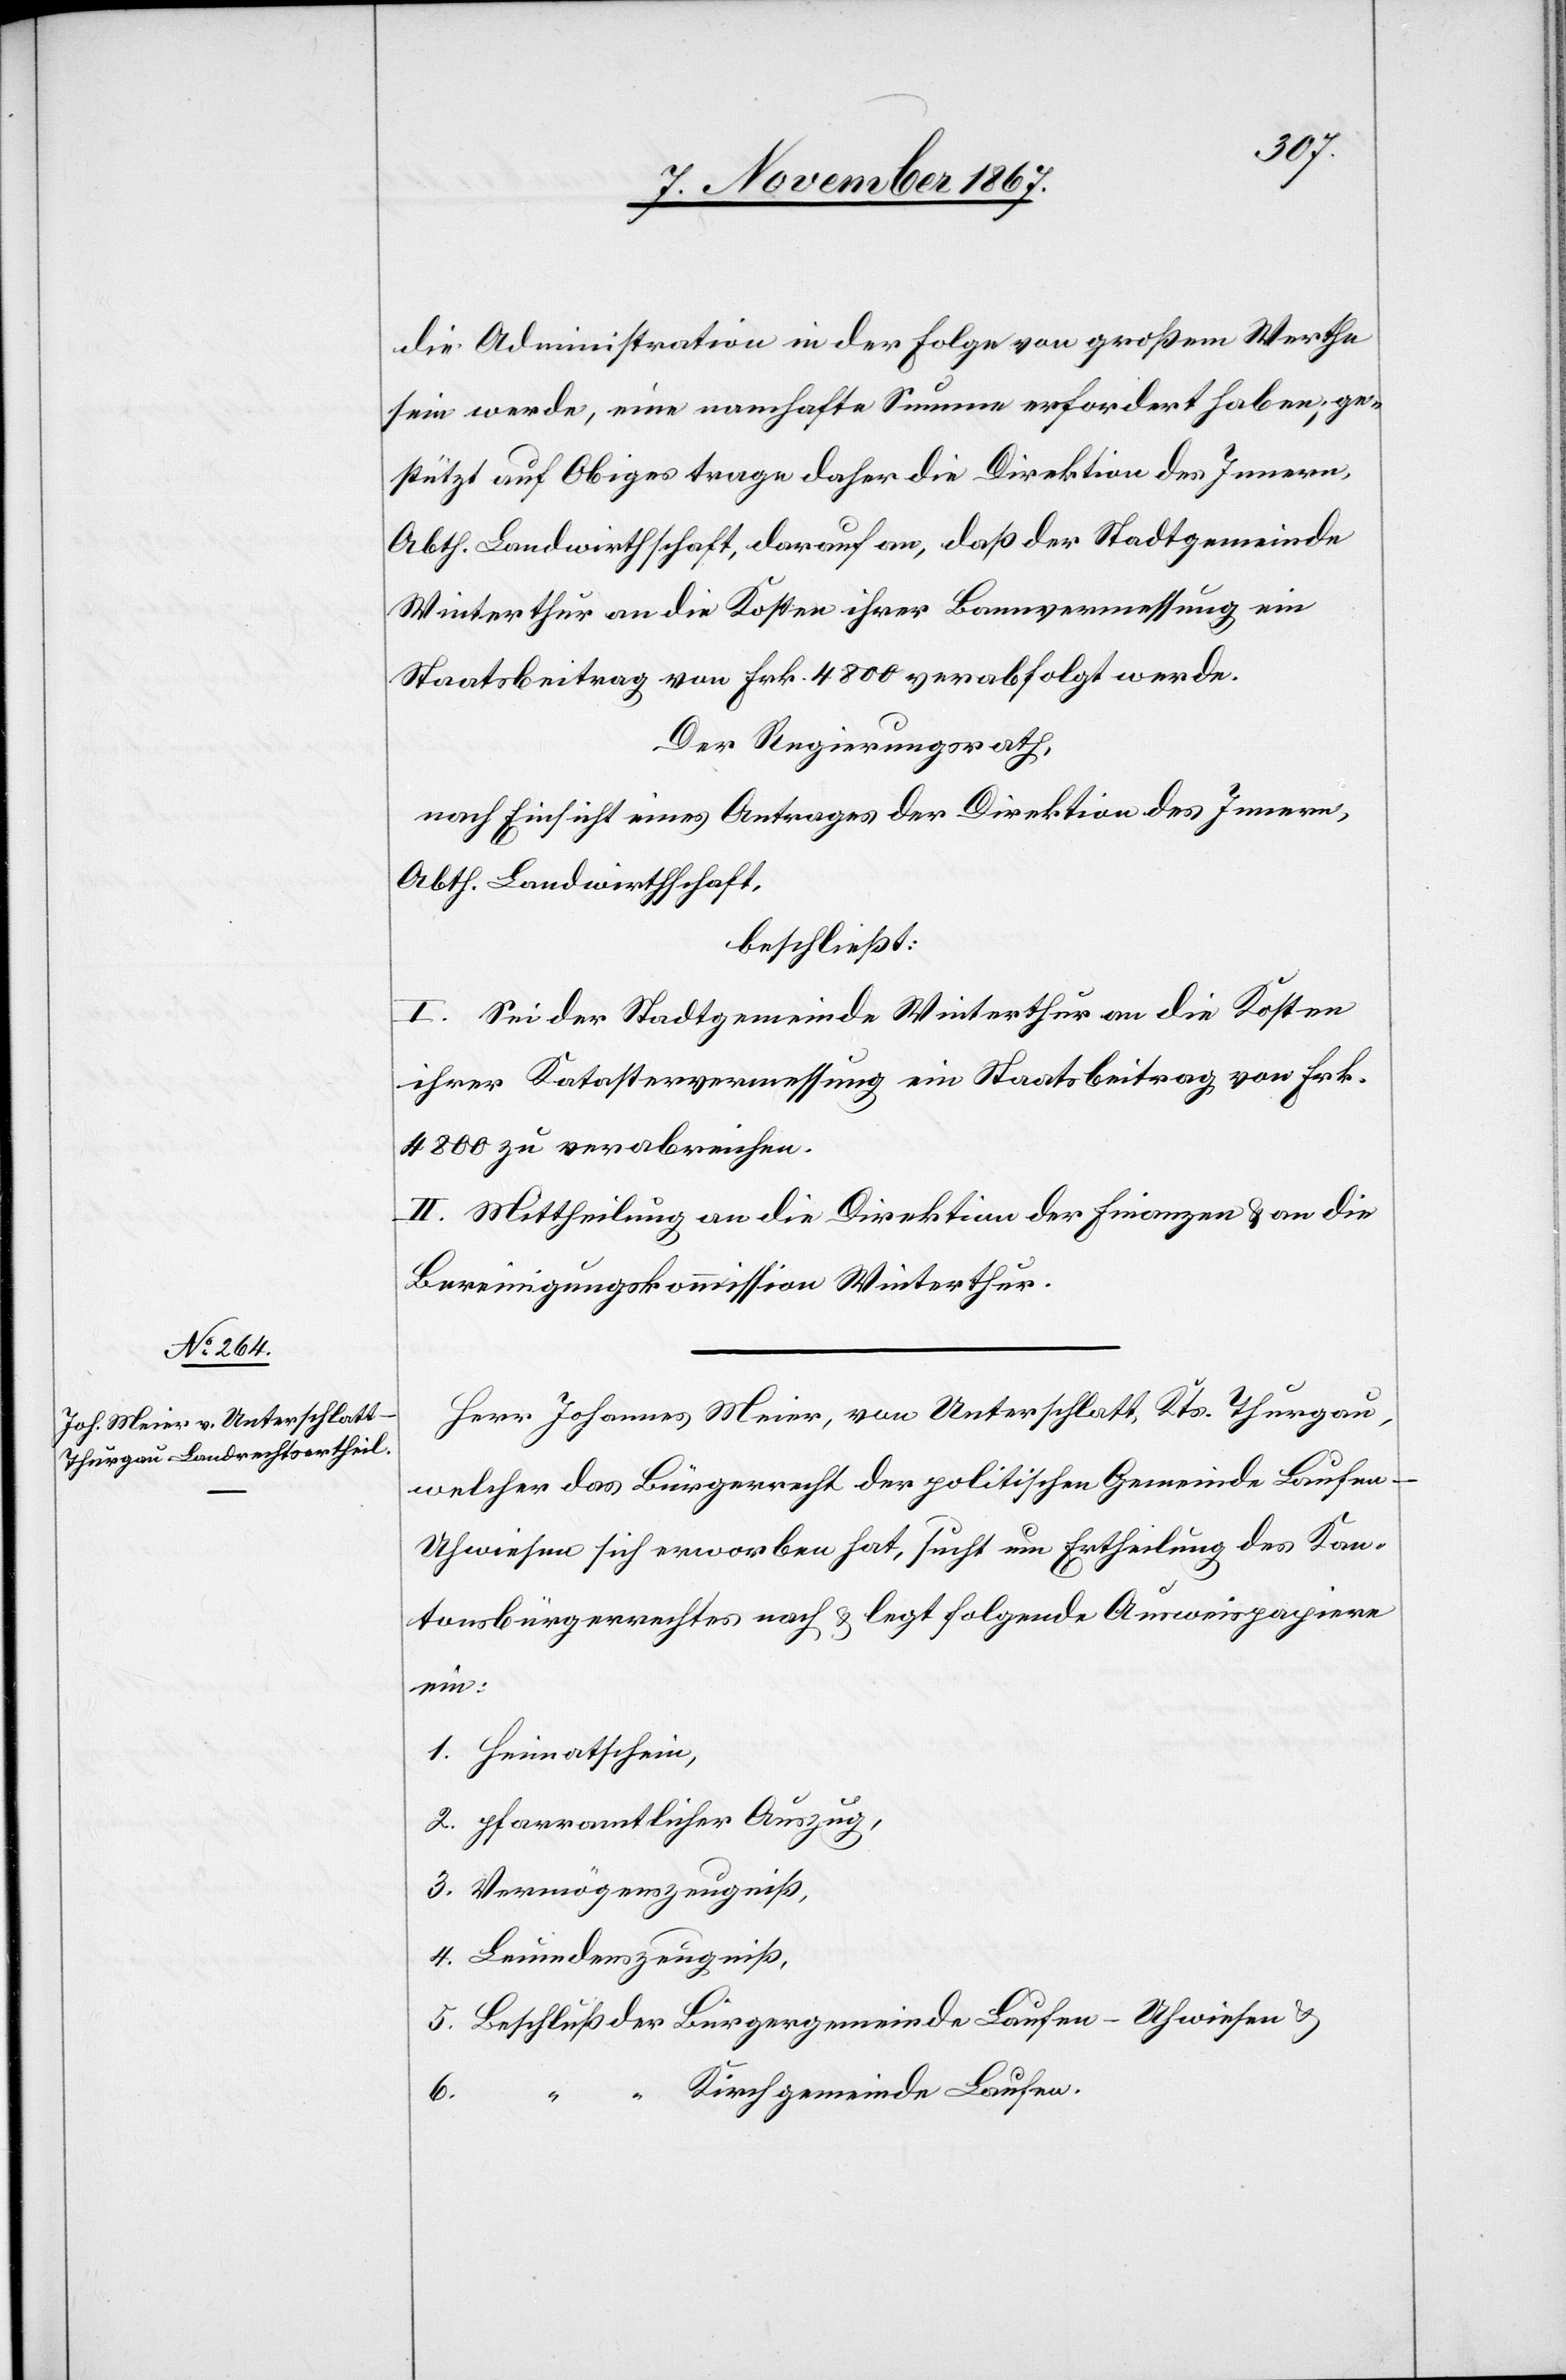
die Administration in der Folge von großem Werthe
sein werde, eine namhafte Summe erfordert haben; ge¬
stützt auf Obiges trage daher die Direktion des Innern,
Abth. Landwirthschaft, darauf an, daß der Stadtgemeinde
Winterthur an die Kosten ihrer Bannvermessung ein
Staatsbeitrag von Frk. 4800 verabfolgt werde.
Der Regierungsrath,
nach Einsicht eines Antrages der Direktion des Innern,
Abth. Landwirthschaft,
beschließt:
I. Sei der Stadtgemeinde Winterthur an die Kosten
ihrer Katastervermessung ein Staatsbeitrag von Frk.
4800 zu verabreichen.
II. Mittheilung an die Direktion der Finanzen u. an die
Bereinigungskommission Winterthur.
Herr Johannes Meier, von Unterschlatt, Kts. Thurgau,
welcher das Bürgerrecht der politischen Gemeinde Laufen-U¬
hwiesen sich erworben hat, sucht um Ertheilung des Kan¬
tonsbürgerrechtes nach u. legt folgende Ausweispapier
ein:
1. Heimatschein.
2. pfarramtlicher Auszug,
3. Vermögenszeugniß,
4. Leumdenszeugniß,
5. Beschluß der Bürgergemeinde Laufen-Uhwiesen,
“ Kirchgemeinde Laufen.
6.